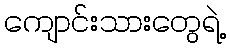
ကျောင်းသားတွေရဲ့